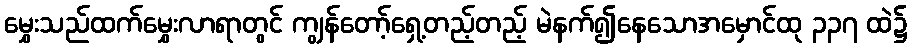
မွှေးသည်ထက်မွှေးလာရာတွင် ကျွန်တော့်ရှေ့တည့်တည့် မဲနက်၍နေသောအမှောင်ထု ၃၃၇ ထဲ၌